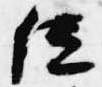
位